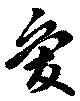
愛